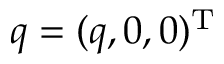
\boldsymbol { q } = ( q , 0 , 0 ) ^ { \mathrm { T } }